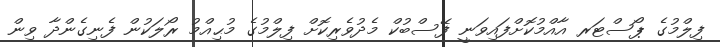
ފިލްމުގެ ޕޯސްޓަރ އާއްމުކޮށްފައިވަނީ ފޭސްބުކް މެދުވެރިކޮށް ފިލްމުގެ މުޙިއްމު ރޯލަކުން ފެނިގެންދާ ވިން